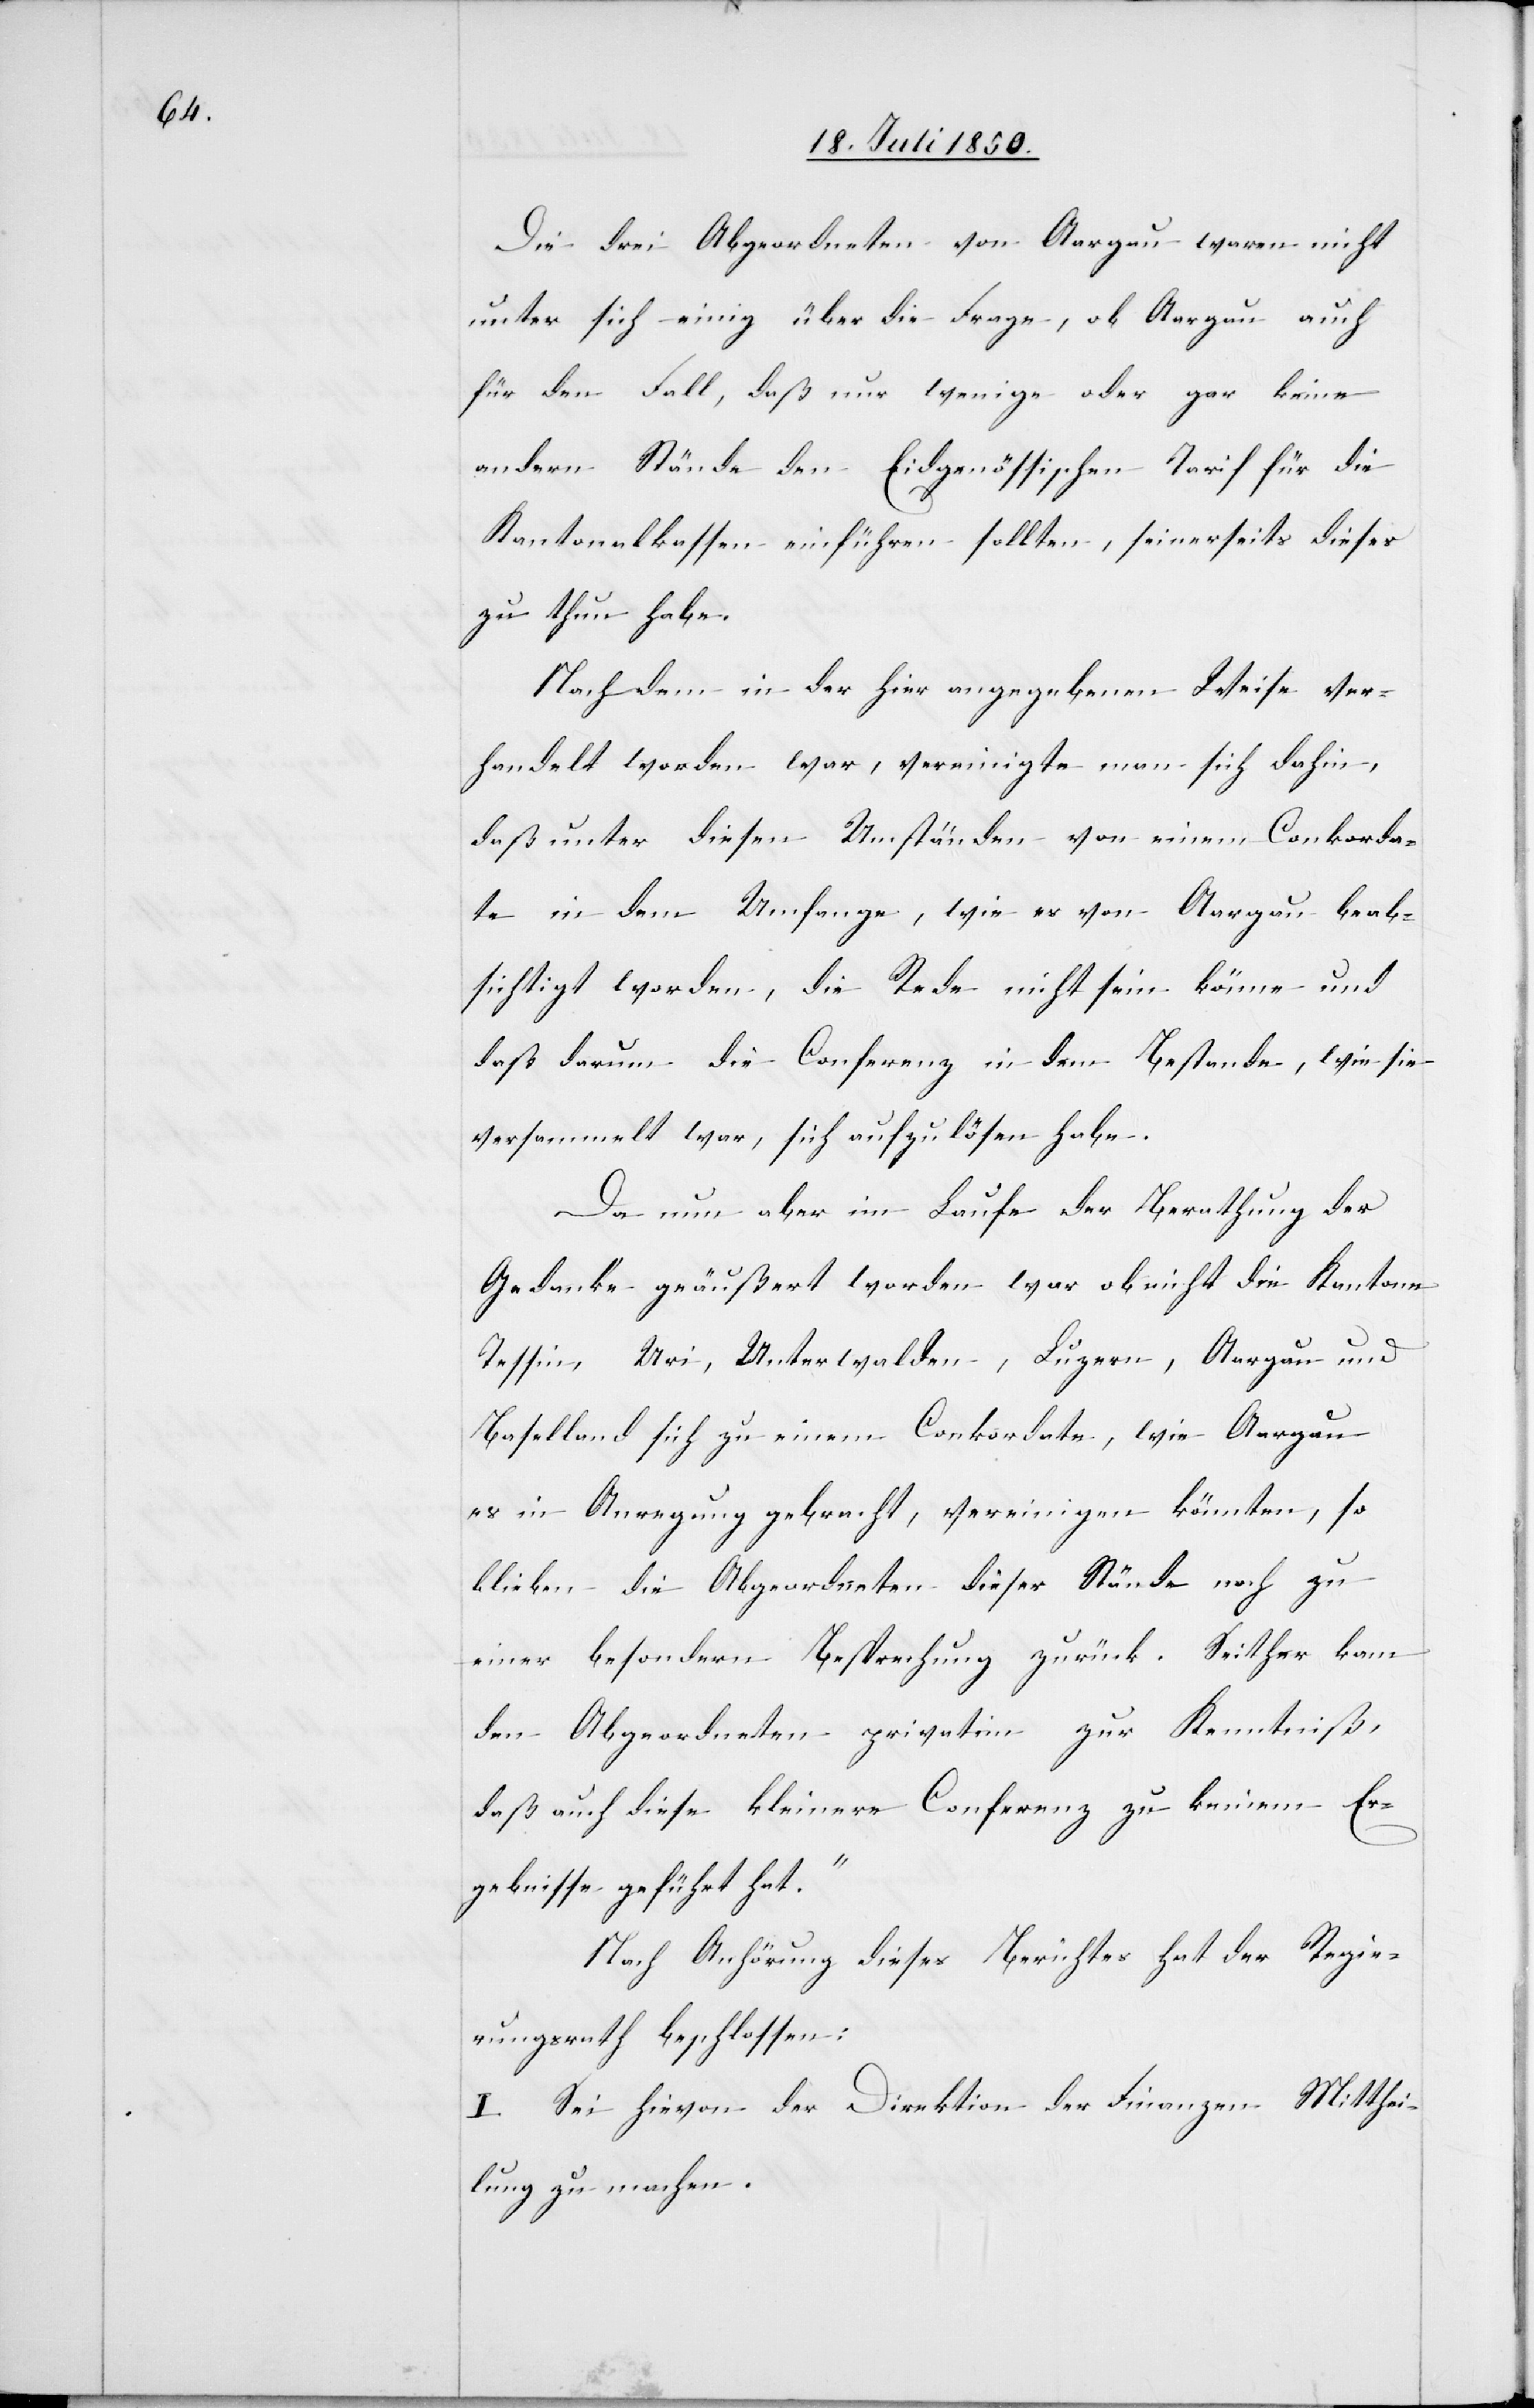
Die drei Abgeordneten von Aargau waren nicht
unter sich einig über die Frage, ob Aargau auch
für den Fall, daß nur wenige oder gar keine
andern Stände den Eidgenössischen Tarif für die
Kantonalkassen einführen sollten, seinerseits dieses
zu thun habe.
Nachdem in der hier angegebenen Weise ver¬
handelt worden war, vereinigte man sich dahin,
daß unter diesen Umständen von einem Conkorda¬
te in dem Umfange, wie es von Aargau beab¬
sichtigt worden, die Rede nicht sein könne und
daß darum die Conferenz in dem Bestande, wie sie
versammelt war, sich aufzulösen habe.
Da nun aber im Laufe der Berathung der
Gedanke geäußert worden war ob nicht die Kantone
Tessin, Uri, Unterwalden, Luzern, Aargau und
Baselland sich zu einem Conkordate, wie Aargau
es in Anregung gebracht, vereinigen könnten, so
blieben die Abgeordneten dieser Stände noch zu
einer besondern Besprechung zurück. Seither kam
den Abgeordneten privatim zur Kenntniß,
daß auch diese kleinere Conferenz zu keinem Er¬
gebnisse geführt hat.“
Nach Anhörung dieses Berichtes hat der Regie¬
rungsrath beschlossen:
I. Sei hievon der Direktion der Finanzen Mitthei¬
lung zu machen.